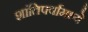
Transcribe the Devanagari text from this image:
शांतिपर्वामध्ये